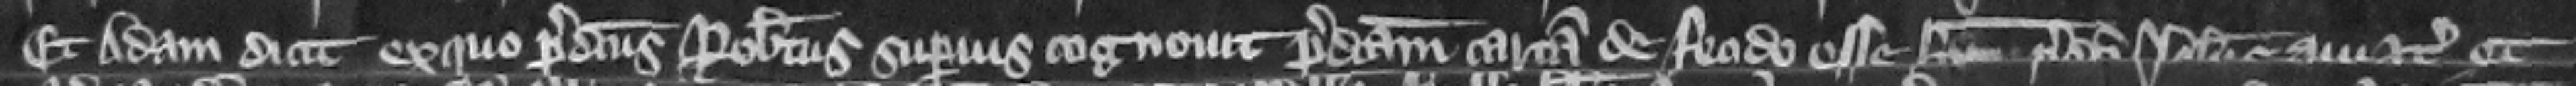
Et Adam dicit ex quo predictus Robertus superius cognouit predictam cartam de feodo esse factum predicti Iohannis aui etc. et